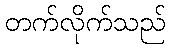
တက်လိုက်သည်